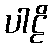
ပါဠိ